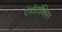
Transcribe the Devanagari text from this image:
ऐंडोटॉक्सिन